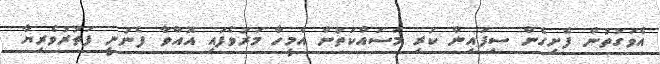
އެވަގުތުން ފެށިގެން ސިފައިން ކުރި މަސައްކަތުން އެމީހާ މަރުވެފައި އޮއްވާ ފެނުނީ ފަތުރުވެރިޔާ